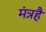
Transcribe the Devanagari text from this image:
मंत्रहै